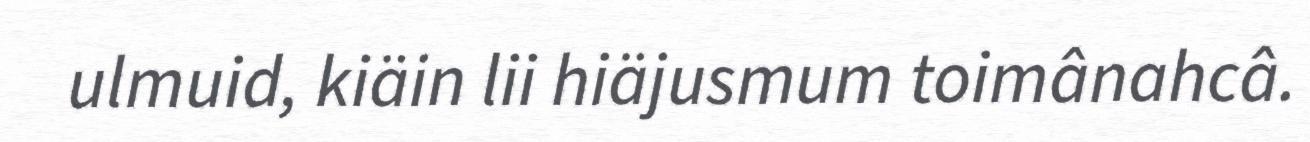
ulmuid, kiäin lii hiäjusmum toimânahcâ.